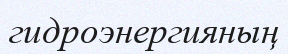
гидроэнергияның